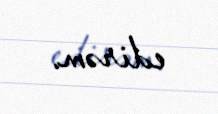
edirəm.